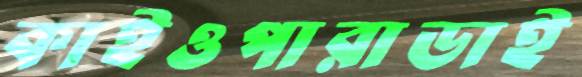
কাইওপারাডাই